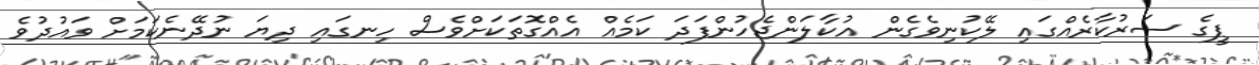
ޕީގެ ސަރުކާރެއްގައި ލޭކުނިވެގެން އުކާލަންޖެހުންފަދަ ކަމެއް އެއްގޮތަކަށްވެސް ހިނގައި ދިޔަ ނުދޭނެކަމަށް ވައުދުވެ